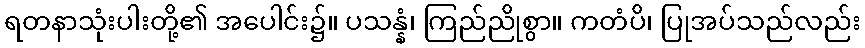
ရတနာသုံးပါးတို့၏ အပေါင်း၌။ ပသန္နံ၊ ကြည်ညိုစွာ။ ကတံပိ၊ ပြုအပ်သည်လည်း